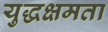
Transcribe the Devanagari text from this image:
युद्धक्षमता